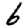
Digit: 6